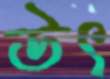
উৎ